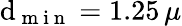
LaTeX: \mathrm{d}_{\mathrm{{~m~i~n~}}}=1.25\, \mu